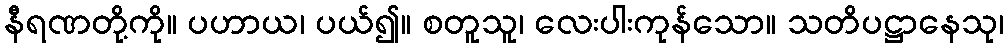
နီရဏတို့ကို။ ပဟာယ၊ ပယ်၍။ စတူသူ၊ လေးပါးကုန်သော။ သတိပဋ္ဌာနေသု၊